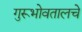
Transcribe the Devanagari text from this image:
गुरूभोवतालचे